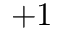
+ 1